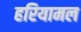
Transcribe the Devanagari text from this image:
हरियामल